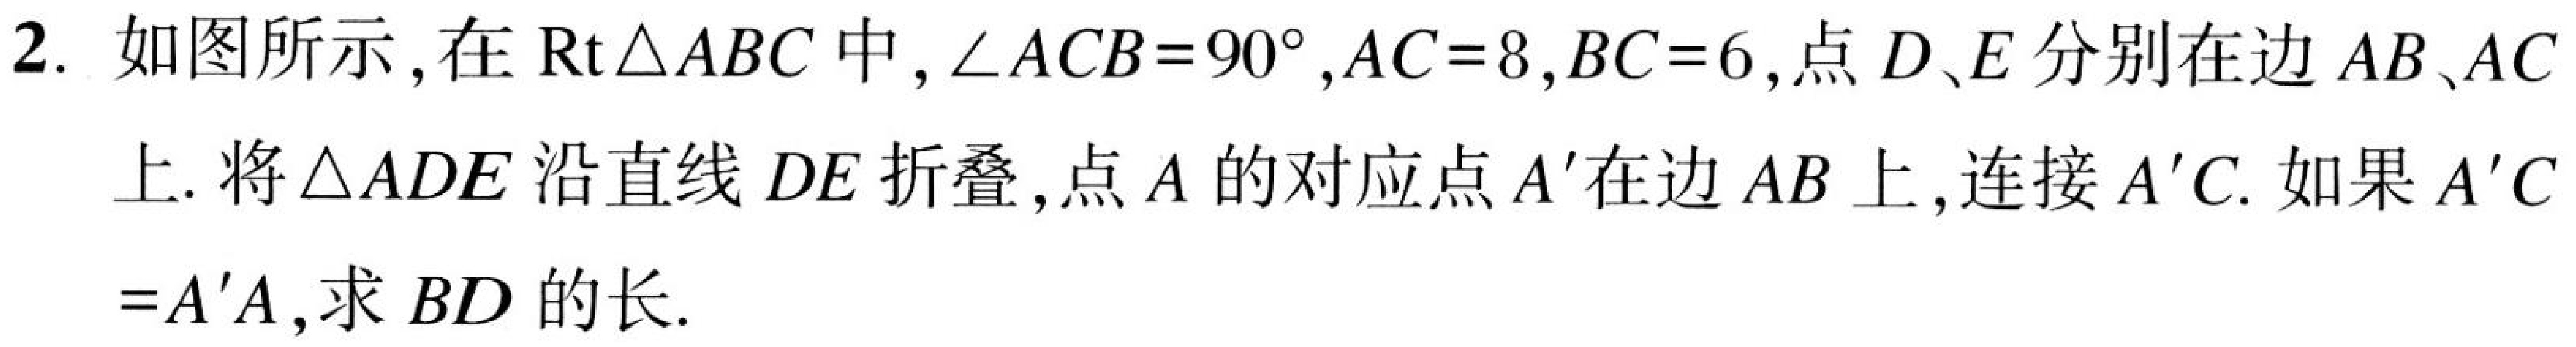
2. 如图所示,在\(\text{Rt}\triangle ABC\)中,\(\angle ACB = 90^{\circ}\),\(AC = 8\),\(BC = 6\),点\(D、E\)分别在边\(AB、AC\)
上. 将\(\triangle ADE\)沿直线\(DE\)折叠,点\(A\)的对应点\(A'\)在边\(AB\)上,连接\(A'C\). 如果\(A'C\)
\(=A'A\),求\(BD\)的长.